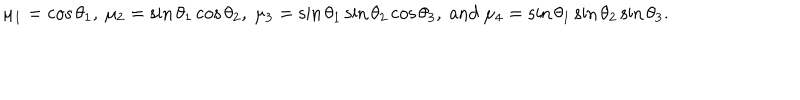
\mu _ { 1 } = \cos \theta _ { 1 } , ~ \mu _ { 2 } = \sin \theta _ { 1 } \cos \theta _ { 2 } , ~ \mu _ { 3 } = \sin \theta _ { 1 } \sin \theta _ { 2 } \cos \theta _ { 3 } , ~ \mathrm { a n d } ~ \mu _ { 4 } = \sin \theta _ { 1 } \sin \theta _ { 2 } \sin \theta _ { 3 } .